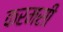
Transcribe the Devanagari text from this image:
करमसी